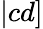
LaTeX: |cd]